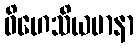
ဝိဟေသိယမာနာ